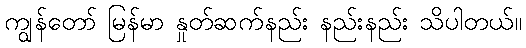
ကျွန်တော် မြန်မာ နှုတ်ဆက်နည်း နည်းနည်း သိပါတယ်။